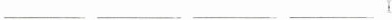
___ ___ ___ ___ I